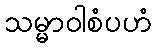
သမ္မာဝါစံပဟံ